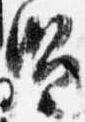
賢